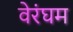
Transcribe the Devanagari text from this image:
वेरंघम